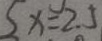
5 x = 2 . 5